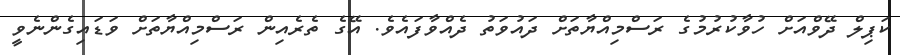
ކަޕިލް ދޭވްއަށް ހުވާކުރުމުގެ ރަސްމިއްޔާތަށް ދައުވަތު ދެއްވާފައެވެ. އޭގެ ތެރެއިން ރަސްމިއްޔާތަށް ވަޑައިގެންނެވީ